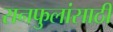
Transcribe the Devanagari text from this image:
रानफुलांसाठी